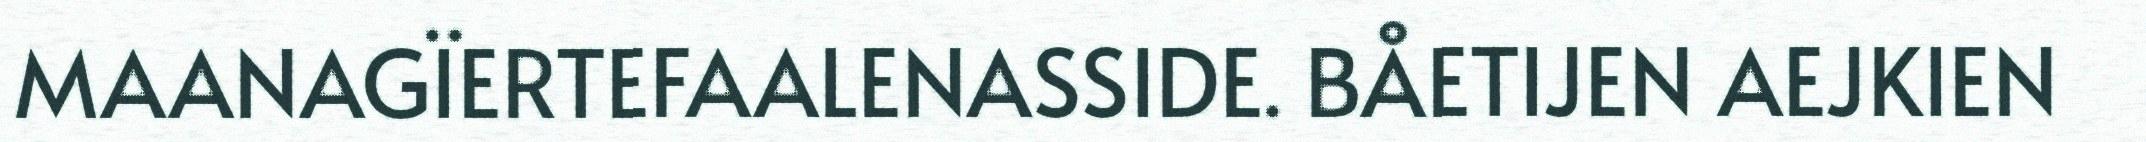
MAANAGÏERTEFAALENASSIDE. BÅETIJEN AEJKIEN